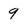
Character: 9